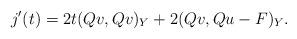
LaTeX: \begin{align*}j'(t)=2t(Qv,Qv)_Y+2(Qv,Qu-F)_Y.\end{align*}